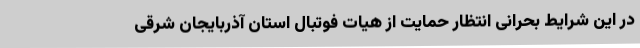
در این شرایط بحرانی انتظار حمایت از هیات فوتبال استان آذربایجان شرقی